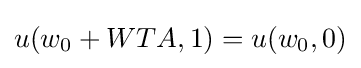
u(w_{0}+WTA,1)=u(w_{0},0)